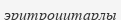
эритроцитарлы